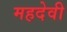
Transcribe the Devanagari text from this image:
महदेवी